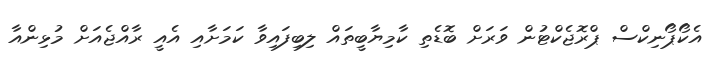
އެކޯޕޯނިކްސް ޕްރޮޖެކްޓުން ވަރަށް ބޮޑެތި ކާމިޔާބީތައް ލިބިފައިވާ ކަމަށާއި އެއީ ރާއްޖެއަށް މުޅިންއާ